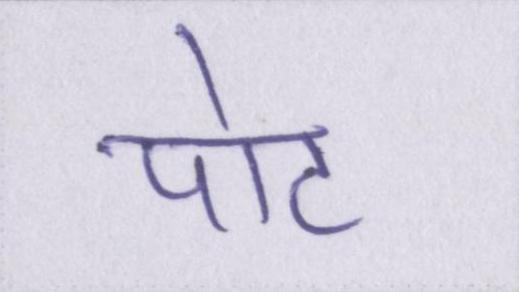
पोट